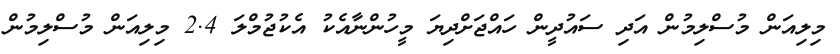
މިލިއަން މުސްލިމުން އަދި ސައުދީން ހައްޖަށްދިޔަ މީހުންނާއެކު އެކުޖުމްލަ 2.4 މިލިއަން މުސްލިމުން